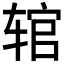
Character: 𫐑